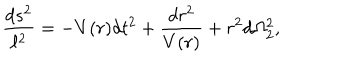
{ \frac { d s ^ { 2 } } { \ell ^ { 2 } } } = - V ( r ) d t ^ { 2 } + { \frac { d r ^ { 2 } } { V ( r ) } } + r ^ { 2 } d \Omega _ { 2 } ^ { 2 } ,